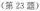
(第23题)